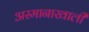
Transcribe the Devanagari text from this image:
अस्मानाखाली